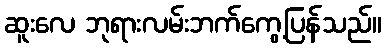
ဆူးလေ ဘုရားလမ်းဘက်ကွေ့ပြန်သည်။